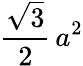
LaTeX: {\frac{\sqrt{3}}{2}}\, a^{2}